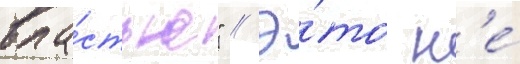
вла́стью" // Э́то н'е́